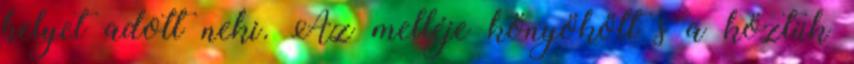
helyet adott neki. Az melléje könyökölt s a köztük